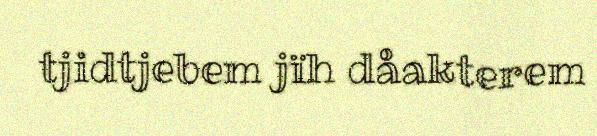
tjidtjebem jïh dåakterem